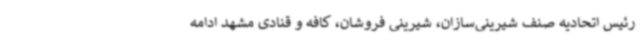
رئیس اتحادیه صنف شیرینی‌سازان، شیرینی فروشان، کافه و قنادی مشهد ادامه